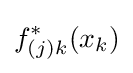
f_{(j)k}^{*}(x_{k})